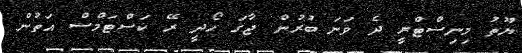
ޔޫތު މިނިސްޓްރީ ދެ ވަނަ ބުރުން ޖާގަ ހޯދީ ރޭ ކަސްޓަމްސް އަތުން